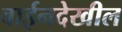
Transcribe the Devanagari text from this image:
वाईनदेखील